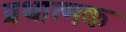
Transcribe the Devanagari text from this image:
प्रथात्मक